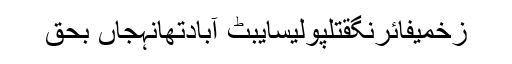
زخمیفائرنگقتلپولیسایبٹ آبادتھانہجاں بحق